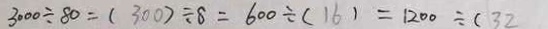
3 0 0 0 \div 8 0 = ( 3 0 0 ) \div 8 = 6 0 0 \div ( 1 6 ) = 1 2 0 0 \div ( 3 2